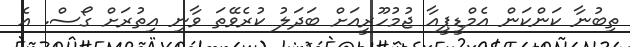
ތިބުނާ ކަންކަން އެމްޑީޕީއާ ޖުމުހޫރީއަށް ބަދަލު ކުރެވޭތަ ވާނި އިތުރަށް ގޯސް. އެ